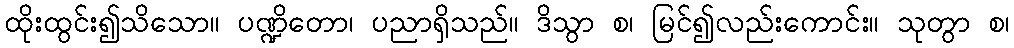
ထိုးထွင်း၍သိသော။ ပဏ္ဍိတော၊ ပညာရှိသည်။ ဒိသွာ စ၊ မြင်၍လည်းကောင်း။ သုတွာ စ၊